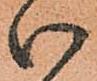
御